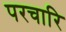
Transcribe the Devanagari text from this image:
परचारि